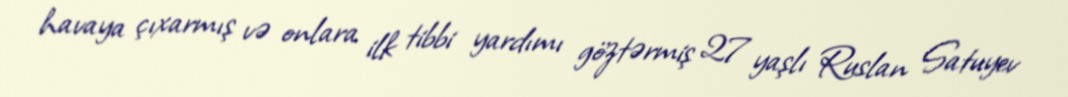
havaya çıxarmış və onlara ilk tibbi yardımı göztərmiş 27 yaşlı Ruslan Satuyev